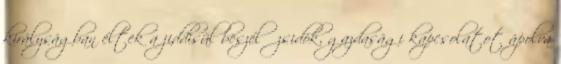
királyságban éltek a jiddisül beszélő zsidók, gazdasági kapcsolatot ápolva